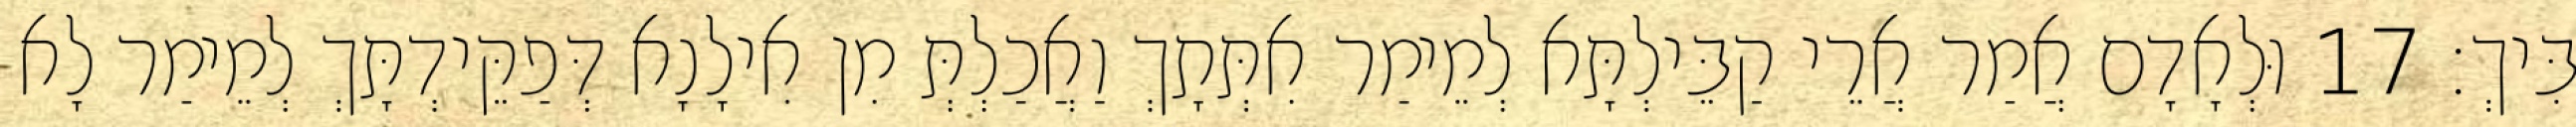
בִּיךְ׃ 17 וּלְאָדָם אֲמַר אֲרֵי קַבֵּילְתָּא לְמֵימַר אִתְּתָךְ וַאֲכַלְתְּ מִן אִילָנָא דְּפַקֵּידְתָּךְ לְמֵימַר לָא